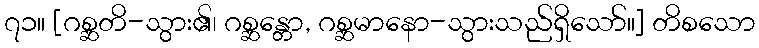
၇၁။ [ဂစ္ဆတိ-သွား၏၊ ဂစ္ဆန္တော, ဂစ္ဆမာနော-သွားသည်ရှိသော်။] တိစသော